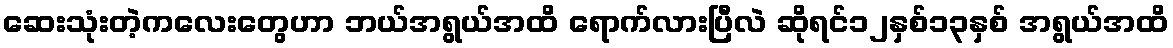
ဆေးသုံးတဲ့ကလေးတွေဟာ ဘယ်အရွယ်အထိ ရောက်လားပြီလဲ ဆိုရင်၁၂နှစ်၁၃နှစ် အရွယ်အထိ